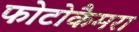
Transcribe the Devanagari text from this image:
फोटोकैमरा